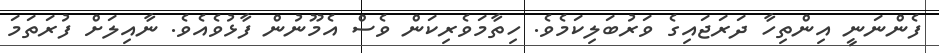
ފެންނަނީ އިންތިހާ ދަރަޖައިގެ ވަރުބަލިކަމެވެ. ހިތާމަވެރިކަން ވެސް އެމޫނުން ފާޅުވެއެވެ. ނާއިލަށް ފުރަތަމަ